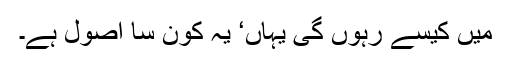
میں کیسے رہوں گی یہاں‘ یہ کون سا اصول ہے۔